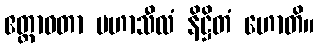
ဧတ္တာဝတာ မဟာသီလံ နိဋ္ဌိတံ ဟောတိ။